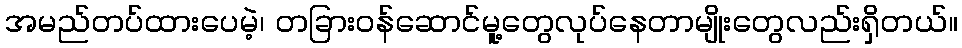
အမည်တပ်ထားပေမဲ့၊ တခြားဝန်ဆောင်မူ့တွေလုပ်နေတာမျိုးတွေလည်းရှိတယ်။